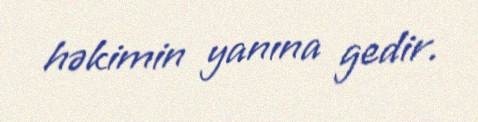
həkimin yanına gedir.